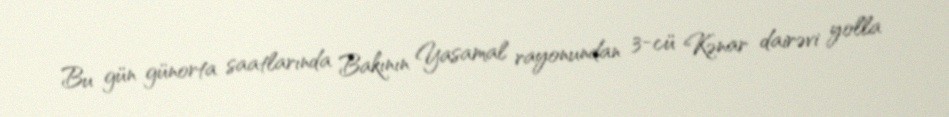
Bu gün günorta saatlarında Bakının Yasamal rayonundan 3-cü Kənar dairəvi yolla